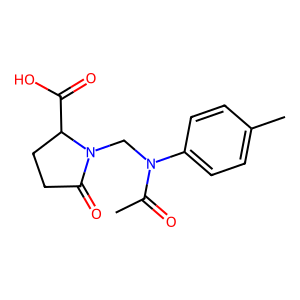
SMILES: CC(=O)N(CN1C(=O)CCC1C(=O)O)c1ccc(C)cc1
Inhibits HIV replication: No